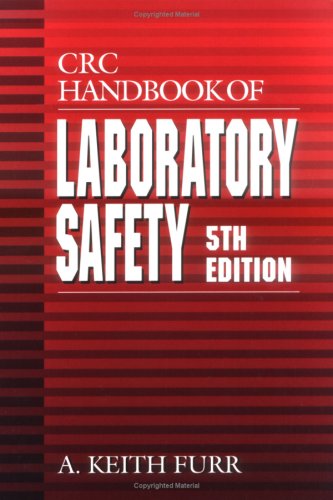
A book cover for CRC Handbook of Laboratory Safety, 5th Edition; A. Keith Furr; Science & Math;